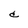
Character: c